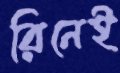
রিনেই